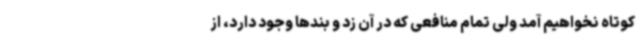
کوتاه نخواهیم آمد ولی تمام منافعی که در آن زد و بندها وجود دارد، از